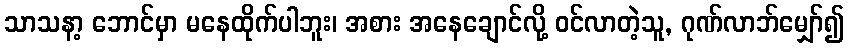
သာသနာ့ ဘောင်မှာ မနေထိုက်ပါဘူး၊ အစား အနေချောင်လို့ ဝင်လာတဲ့သူ, ဂုဏ်လာဘ်မျှော်၍